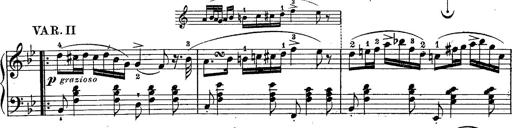
Title: Schubert's Impromptus [revised and edited by Franz Liszt]
Composer: Franz Liszt